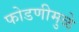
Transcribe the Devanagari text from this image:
फोडणीमुळे